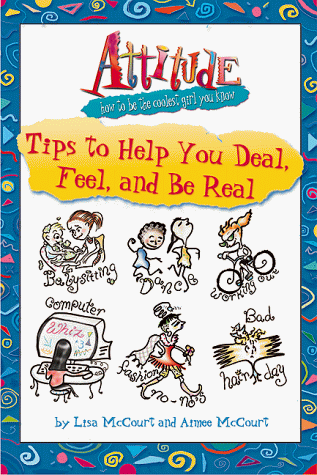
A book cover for Tips to Help You Deal, Feel, and be Real (Attitude (How to be the Coolest Girl You Know)); Lisa McCourt; Teen & Young Adult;